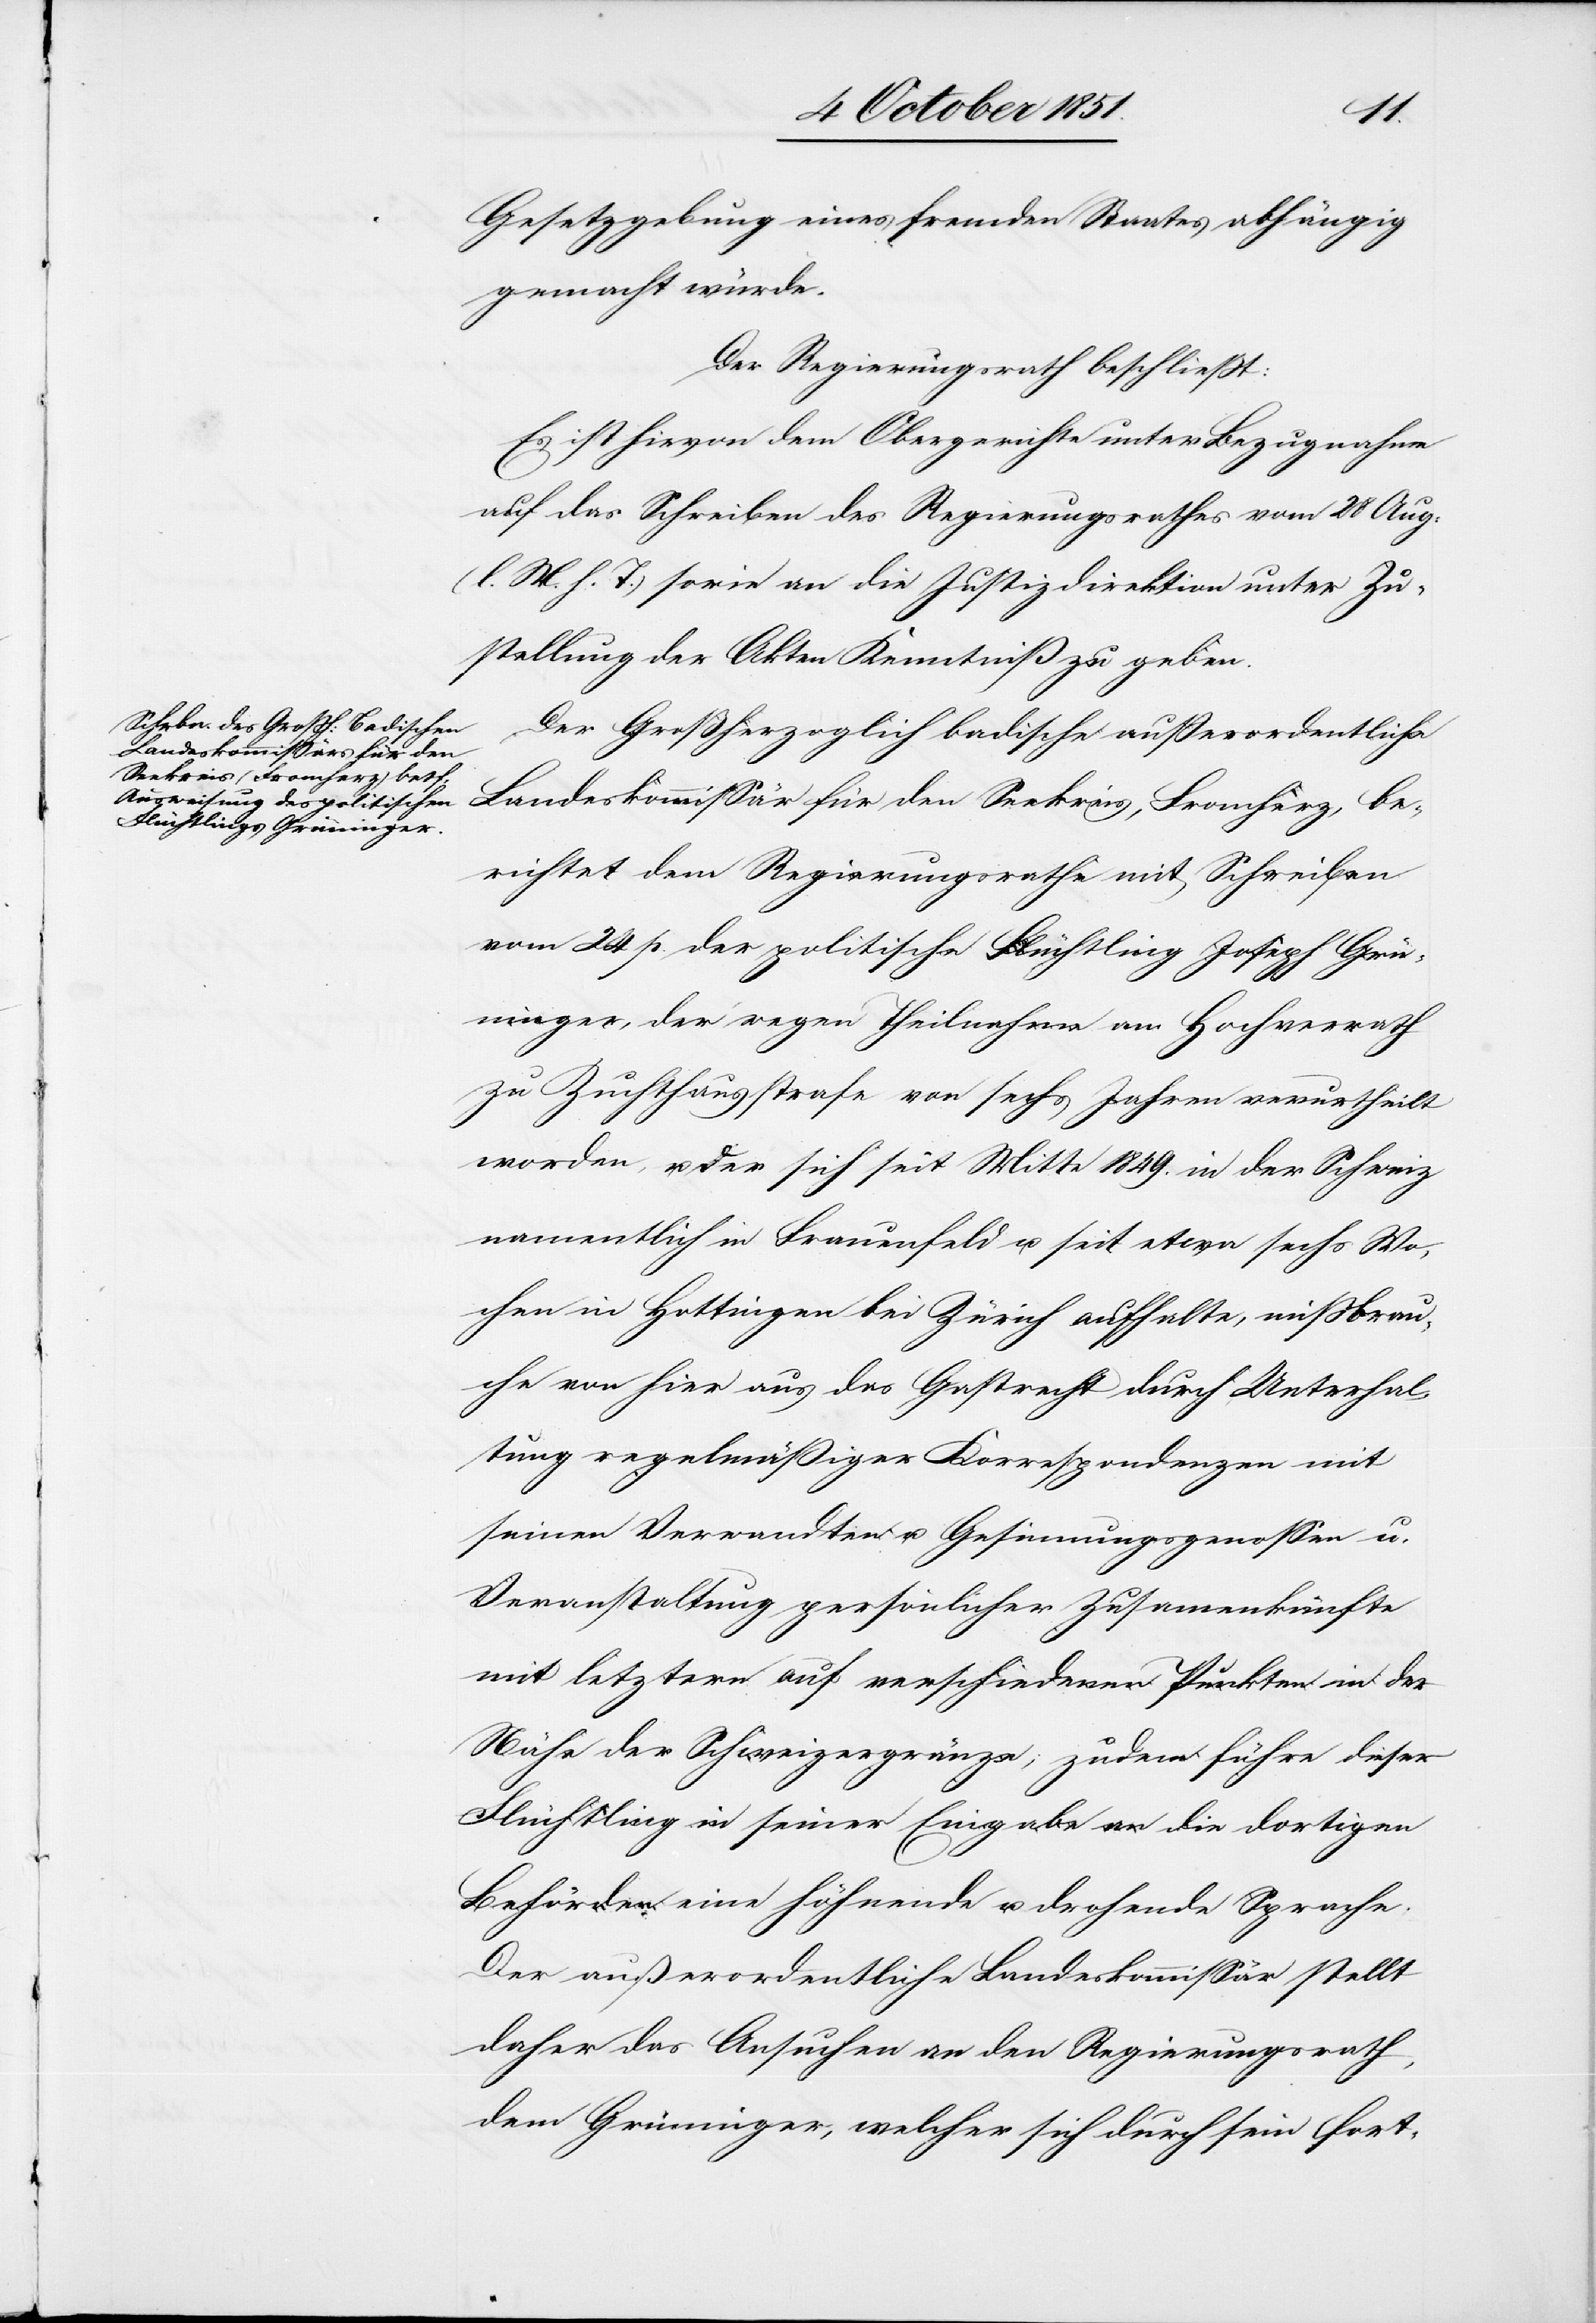
Gesetzgebung eines fremden Staates abhängig
gemacht würde.
Der Regierungsrath beschließt:
Es ist hievon dem Obergerichte unter Bezugnahme
auf das Schreiben des Regierungsrathes vom 28 Aug.
(l. M. h. T.) sowie an die Justizdirektion unter Zu¬
stellung der Akten Kenntniß zu geben.
Der Großherzoglich badische außerordentliche
Landeskommissär für den Seekreis, Fromherz, be¬
richtet dem Regierungsrathe mit Schreiben
vom 24 p. der politische Flüchtling Joseph Grün¬
inger, der wegen Theilnahme am Hochverrath
zu Zuchthausstrafe von sechs Jahren verurtheilt
worden, u. der sich seit Mitte 1849. in der Schweiz
namentlich in Frauenfeld u. seit etwa sechs Wo¬
chen in Hottingen bei Zürich aufhalte, mißbrau¬
che von hier aus das Gastrecht durch Unterhal¬
tung regelmäßiger Korrespondenzen mit
seinen Verwandten u. Gesinnungsgenossen u.
Veranstaltung persönlicher Zusam[m]enkünfte
mit letztern auf verschiedenen Punkten in der
Nähe der Schweizergränze; zudem führe dieser
Flüchtling in seiner Eingabe an die dortigen
Behörden eine höhnende u. drohende Sprache.
Der außerordentliche Landeskommissär stellt
daher das Ansuchen an den Regierungsrath,
dem Grüninger, welcher sich durch sein fort-